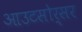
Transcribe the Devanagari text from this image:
आउटसोर्सर